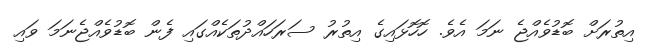
އިތުރަށް ބޮޑުވެއްޖެ ނަމަ އެވެ. ހޮހޮޅައިގެ އިތުރު ސަރަހައްދުތަކެއްގައި ފެން ބޮޑުވެއްޖެނަމަ ވައި